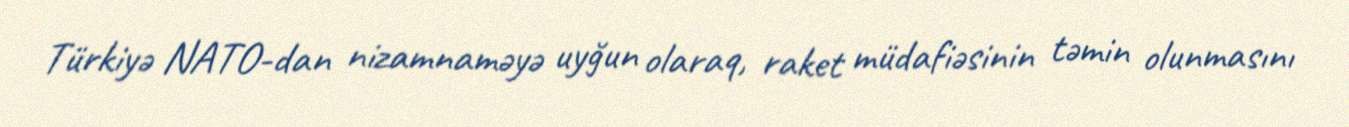
Türkiyə NATO-dan nizamnaməyə uyğun olaraq, raket müdafiəsinin təmin olunmasını